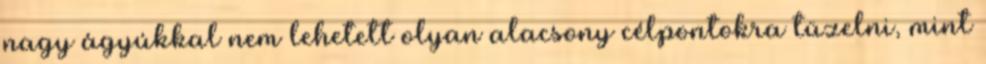
nagy ágyúkkal nem lehetett olyan alacsony célpontokra tüzelni, mint